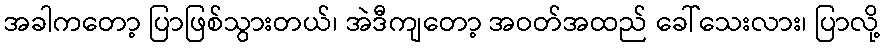
အခါကတော့ ပြာဖြစ်သွားတယ်၊ အဲဒီကျတော့ အဝတ်အထည် ခေါ်သေးလား၊ ပြာလို့